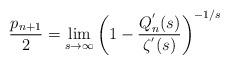
LaTeX: \begin{align*}\frac{p_{n+1}}{2} = \lim_{s\to\infty} \left(1-\frac{Q^{'}_n(s)}{\zeta^{'}(s)}\right)^{-1/s}\end{align*}